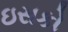
ઇસકો